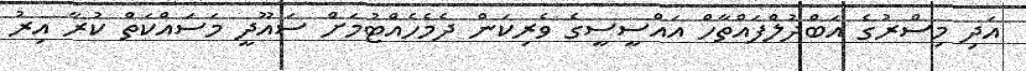
އަދި މިސްރުގެ އަބްދުލްފައްތާހް އައްސީސީގެ ވެރިކަން ދެމެހެއްޓުމަށް ސައޫދީ މަސައްކަތް ކުރާ އިރު